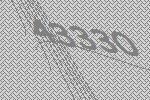
43330